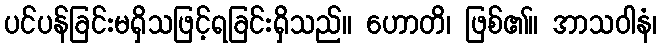
ပင်ပန်ခြင်းမရှိသဖြင့်ရခြင်းရှိသည်။ ဟောတိ၊ ဖြစ်၏။ အာသဝါနံ၊